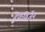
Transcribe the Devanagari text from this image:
हेफविजेंन